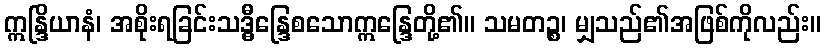
ဣန္ဒြိယာနံ၊ အစိုးရခြင်းသဒ္ဓီန္ဒြေစသောဣန္ဒြေတို့၏။ သမတဉ္စ၊ မျှသည်၏အဖြစ်ကိုလည်း။